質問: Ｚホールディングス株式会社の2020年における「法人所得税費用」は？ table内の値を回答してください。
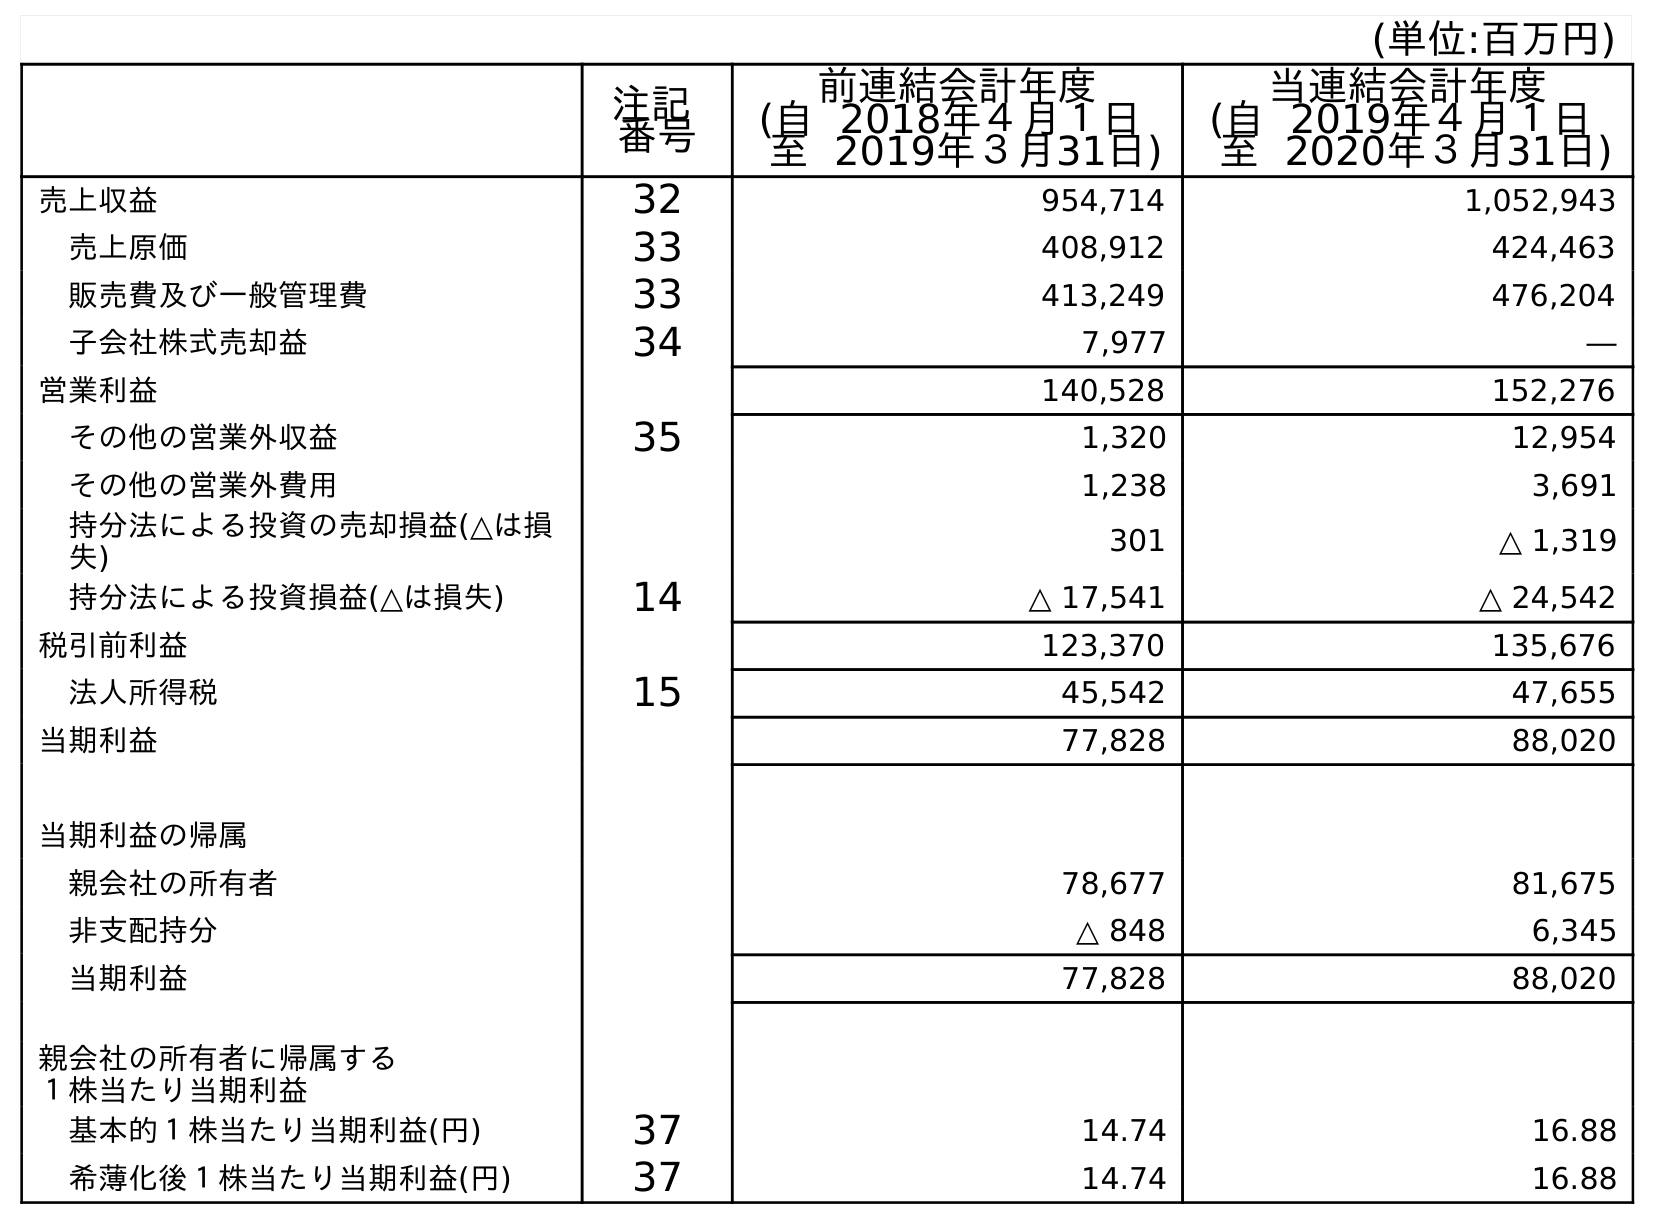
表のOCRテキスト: (単位:百万円) 注記 番号 前連結会計年度 (自 2018年４月１日 至 2019年３月31日) 当連結会計年度 (自 2019年４月１日 至 2020年３月31日) 売上収益 32 954,714 1,052,943 売上原価 33 408,912 424,463 販売費及び一般管理費 33 413,249 476,204 子会社株式売却益 34 7,977 ― 営業利益 140,528 152,276 その他の営業外収益 35 1,320 12,954 その他の営業外費用 1,238 3,691 持分法による投資の売却損益(△は損 失) 301 △ 1,319 持分法による投資損益(△は損失) 14 △ 17,541 △ 24,542 税引前利益 123,370 135,676 法人所得税 15 45,542 47,655 当期利益 77,828 88,020 当期利益の帰属 親会社の所有者 78,677 81,675 非支配持分 △ 848 6,345 当期利益 77,828 88,020 親会社の所有者に帰属する １株当たり当期利益 基本的１株当たり当期利益(円) 37 14.74 16.88 希薄化後１株当たり当期利益(円) 37 14.74 16.88
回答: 47,655